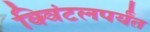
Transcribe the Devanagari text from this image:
क्विंटलपर्यंत